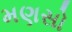
મણસો